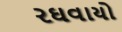
રઘવાયો